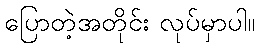
ပြောတဲ့အတိုင်း လုပ်မှာပါ။